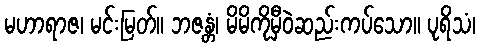
မဟာရာဇ၊ မင်းမြတ်။ ဘဇန္တံ၊ မိမိကိုမှီဝဲဆည်းကပ်သော။ ပုရိသံ၊